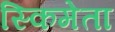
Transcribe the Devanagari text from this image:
स्किमेता